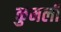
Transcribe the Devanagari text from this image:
कुमली